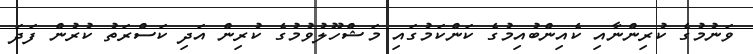
ވަނުމުގެ ކުރިންނާއި ކެއިންބުއިމުގެ ކަންކަމުގައި މަޝްހޫލުވުމުގެ ކުރިން އަދި ކަސްރަތު ކުރުން ފަދަ